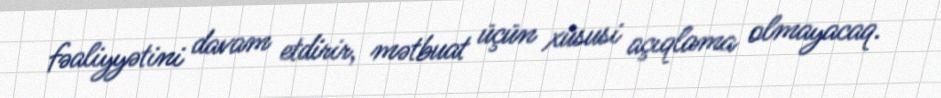
fəaliyyətini davam etdirir, mətbuat üçün xüsusi açıqlama olmayacaq.